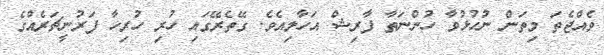
ވެއްޖެތަ މިތަން ނުހުޅުވާ ހުންނަތާ ފާރިޝް އަހާލިއެވެ. ގޭތެރޭގައި ހުރި ހުރިހާ ފަރުނީޗަރެއްގެ